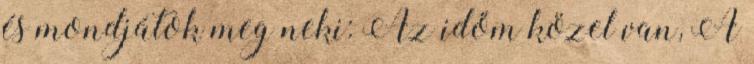
és mondjátok meg neki: Az időm közel van, A